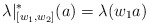
\begin{align*}\lambda|^*_{[w_1,w_2]}(a)= \lambda(w_1a)\end{align*}